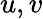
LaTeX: u,v